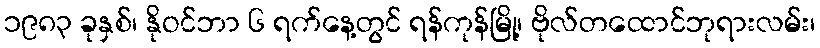
၁၉၈၃ ခုနှစ်၊ နိုဝင်ဘာ ၆ ရက်နေ့တွင် ရန်ကုန်မြို့၊ ဗိုလ်တထောင်ဘုရားလမ်း၊